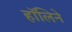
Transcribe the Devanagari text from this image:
हॉलिने